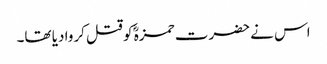
اس نے حضرت حمزہؓ کو قتل کروا دیا تھا۔